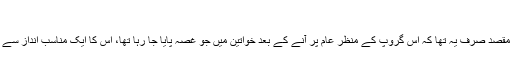
‘
’اس مظاہرے کا مقصد صرف یہ تھا کہ اس گروپ کے منظر عام پر آنے کے بعد خواتین میں جو غصہ پایا جا رہا تھا، اس کا ایک مناسب انداز سے اظہار کیا جائے۔